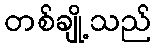
တစ်ချို့သည်